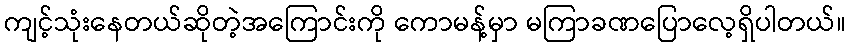
ကျင့်သုံးနေတယ်ဆိုတဲ့အကြောင်းကို ကောမန့်မှာ မကြာခဏပြောလေ့ရှိပါတယ်။